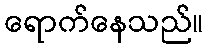
ရောက်နေသည်။